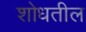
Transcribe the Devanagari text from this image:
शोधतील